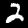
Digit: 2